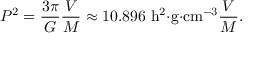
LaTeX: P ^ { 2 } = { \frac { 3 \pi } { G } } { \frac { V } { M } } \approx 1 0 . 8 9 6 \ \mathrm { h ^ { 2 } { \cdot } g { \cdot } c m ^ { - 3 } } { \frac { V } { M } } .